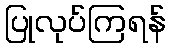
ပြုလုပ်ကြရန်